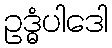
ဥဒ္ဓံပါဒေါ